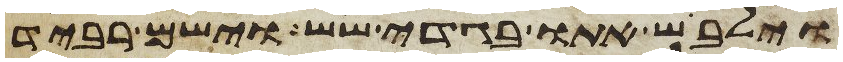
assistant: וילבש אתו בגדי שש וישם רביד